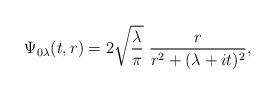
LaTeX: \begin{align*}\Psi_{0\lambda}(t,r) = 2\sqrt{\frac{\lambda}{\pi}}\ \frac{r}{r^2 + (\lambda + it)^2},\end{align*}